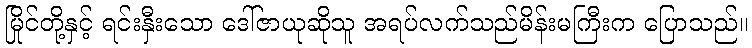
မြိုင်တို့နှင့် ရင်းနှီးသော ဒေါ်ဇာယုဆိုသူ အရပ်လက်သည်မိန်းမကြီးက ပြောသည်။